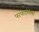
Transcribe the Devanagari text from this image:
परफॉर्मिक्स